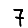
Digit: 7